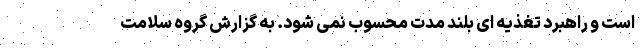
است و راهبرد تغذیه ای بلند مدت محسوب نمی شود. به گزارش گروه سلامت